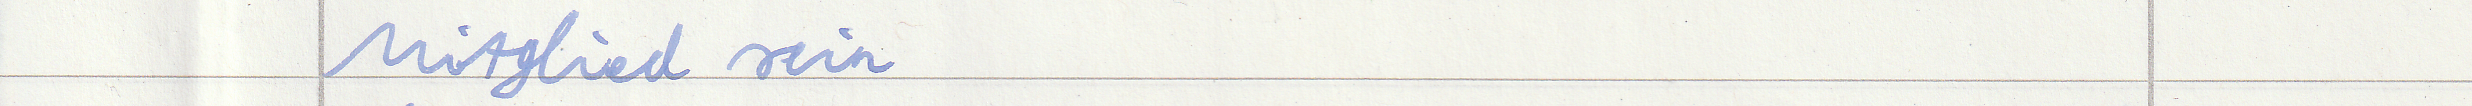
Mitglied sein